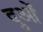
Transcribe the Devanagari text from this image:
दुओं